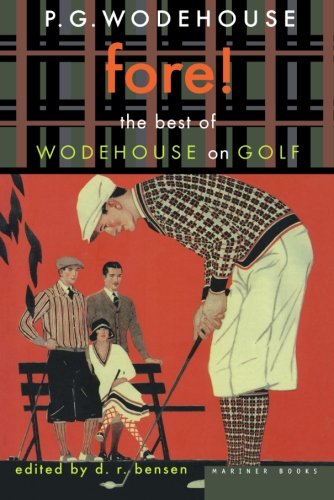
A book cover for Fore!: The Best of Wodehouse on Golf (P.G. Wodehouse Collection); P. G. Wodehouse; Literature & Fiction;